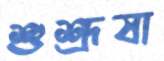
শুশ্রূষা